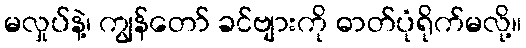
မလှုပ်နဲ့၊ ကျွန်တော် ခင်ဗျားကို ဓာတ်ပုံရိုက်မလို့။